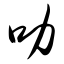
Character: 叻